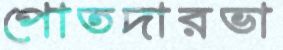
পোতদারভা